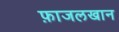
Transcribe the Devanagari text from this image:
फ़ाजलखान